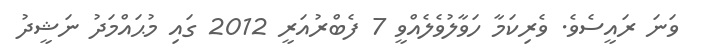
ވަނަ ރައީސެވެ. ވެރިކަމާ ހަވާލުވެލެއްވީ 7 ފެބްރުއަރީ 2012 ގައި މުޙައްމަދު ނަޝީދު